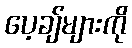
ပေ့ချ်များကို